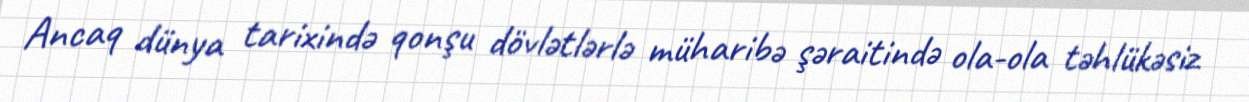
Ancaq dünya tarixində qonşu dövlətlərlə müharibə şəraitində ola-ola təhlükəsiz